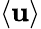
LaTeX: \langle\mathbf{u}\rangle